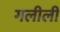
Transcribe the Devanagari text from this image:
गलीली